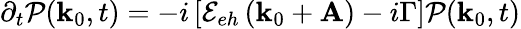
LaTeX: \partial_{t}\mathcal{P}(\mathbf{k}_{0},t)=-i\left[\mathcal{E}_{eh}\left(\mathbf{k}_{0}+\mathbf{A}\right)-i\Gamma\right]\mathcal{P}(\mathbf{k}_{0},t)